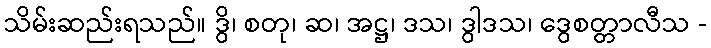
သိမ်းဆည်းရသည်။ ဒွိ၊ စတု၊ ဆ၊ အဋ္ဌ၊ ဒသ၊ ဒွါဒသ၊ ဒွေစတ္တာလီသ -